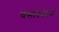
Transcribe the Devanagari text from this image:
प्रसादवंदना